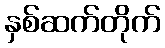
နှစ်ဆက်တိုက်